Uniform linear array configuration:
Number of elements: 4
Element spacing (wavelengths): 0.5
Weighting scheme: binomial
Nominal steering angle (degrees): -45
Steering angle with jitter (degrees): -44.689
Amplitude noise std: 0.05
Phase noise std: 0.05

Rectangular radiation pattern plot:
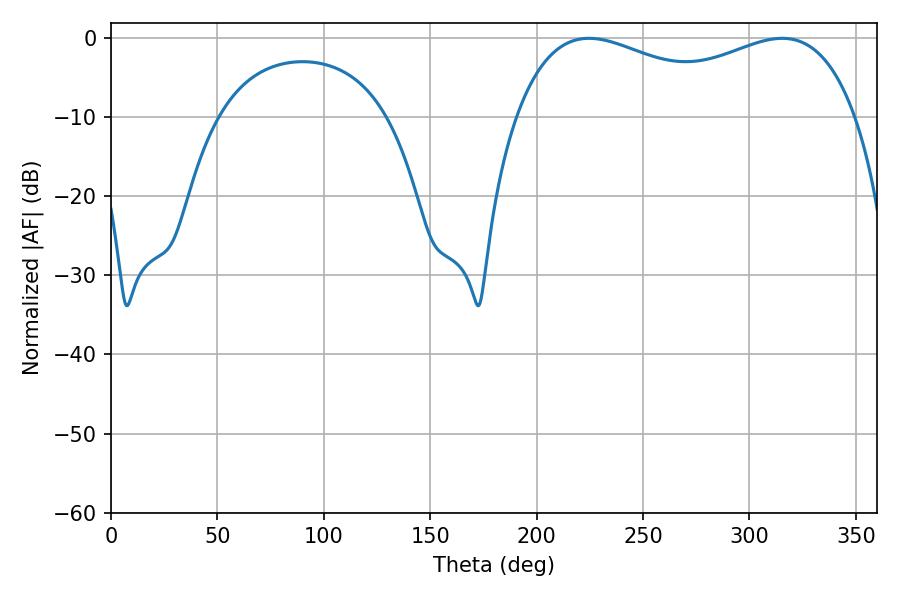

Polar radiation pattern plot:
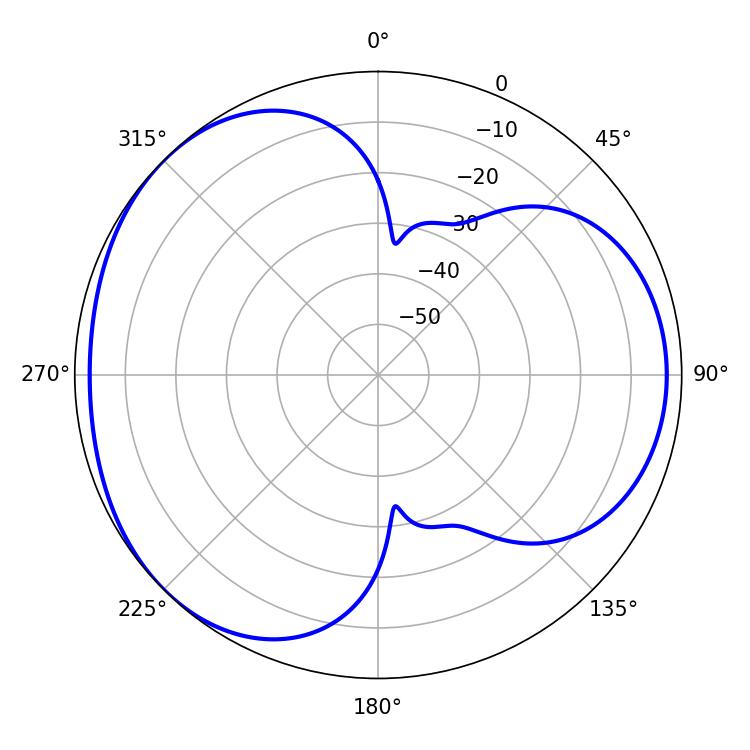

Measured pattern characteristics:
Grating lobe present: FALSE
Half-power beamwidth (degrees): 132.12
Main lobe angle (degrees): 224.64